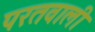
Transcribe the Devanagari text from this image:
परतवाली